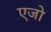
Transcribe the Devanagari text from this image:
एजो